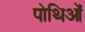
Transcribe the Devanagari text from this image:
पोथिओं